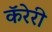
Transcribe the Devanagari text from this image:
कॅरेरी